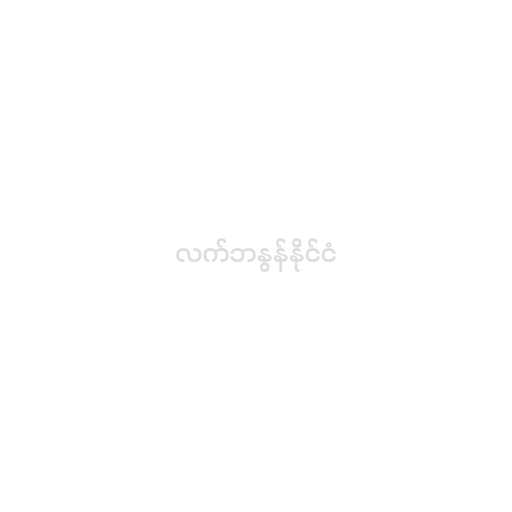
လက်ဘနွန်နိုင်ငံ